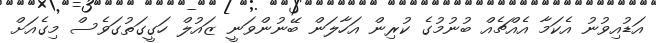
އަޑުއިވުނު އެކަމާ އެއްޗެއް ބުނުމުގެ ކުރިން އަހާލަން ބޭނުންވަނީ ޒައުލް ހަގީގަތުގަވެސް މިގެއަށް